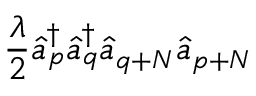
\frac { \lambda } { 2 } \hat { a } _ { p } ^ { \dagger } \hat { a } _ { q } ^ { \dagger } \hat { a } _ { q + N } \hat { a } _ { p + N }